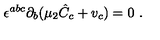
\epsilon ^ { a b c } \partial _ { b } ( \mu _ { 2 } { \hat { C } } _ { c } + v _ { c } ) = 0 \ .